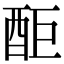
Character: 䣰